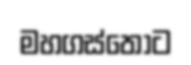
මහගස්තොට